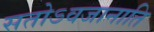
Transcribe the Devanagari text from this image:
सतोऽवजानाति